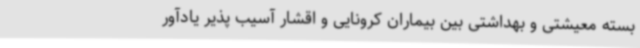
بسته معیشتی و بهداشتی بین بیماران کرونایی و اقشار آسیب پذیر یادآور